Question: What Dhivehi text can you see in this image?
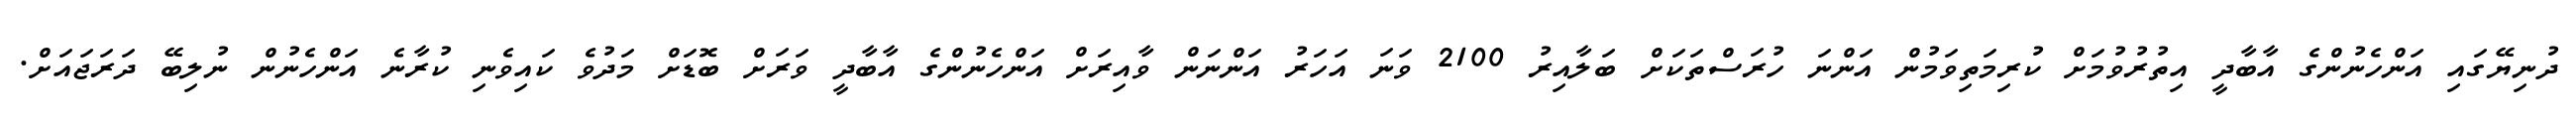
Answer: ދުނިޔޭގައި އަންހެނުންގެ އާބާދީ އިތުރުވުމަށް ކުރިމަތިވަމުން އަންނަ ހުރަސްތަކަށް ބަލާއިރު 2100 ވަނަ އަހަރު އަންނަން ވާއިރަށް އަންހެނުންގެ އާބާދީ ވަރަށް ބޮޑަށް މަދުވެ ކައިވެނި ކުރާނެ އަންހެނުން ނުލިބޭ ދަރަޖައަށް.